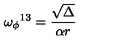
{ \omega _ { \phi } } ^ { 1 3 } = \frac { \sqrt \Delta } { \alpha r } \,